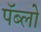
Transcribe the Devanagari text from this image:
पॅब्लो